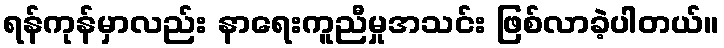
ရန်ကုန်မှာလည်း နာရေးကူညီမှုအသင်း ဖြစ်လာခဲ့ပါတယ်။